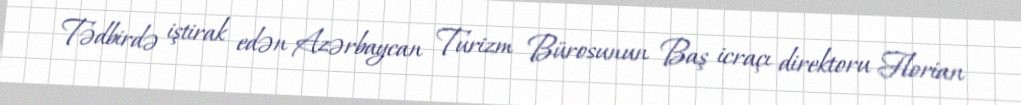
Tədbirdə iştirak edən Azərbaycan Turizm Bürosunun Baş icraçı direktoru Florian